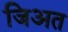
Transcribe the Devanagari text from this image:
जिअत